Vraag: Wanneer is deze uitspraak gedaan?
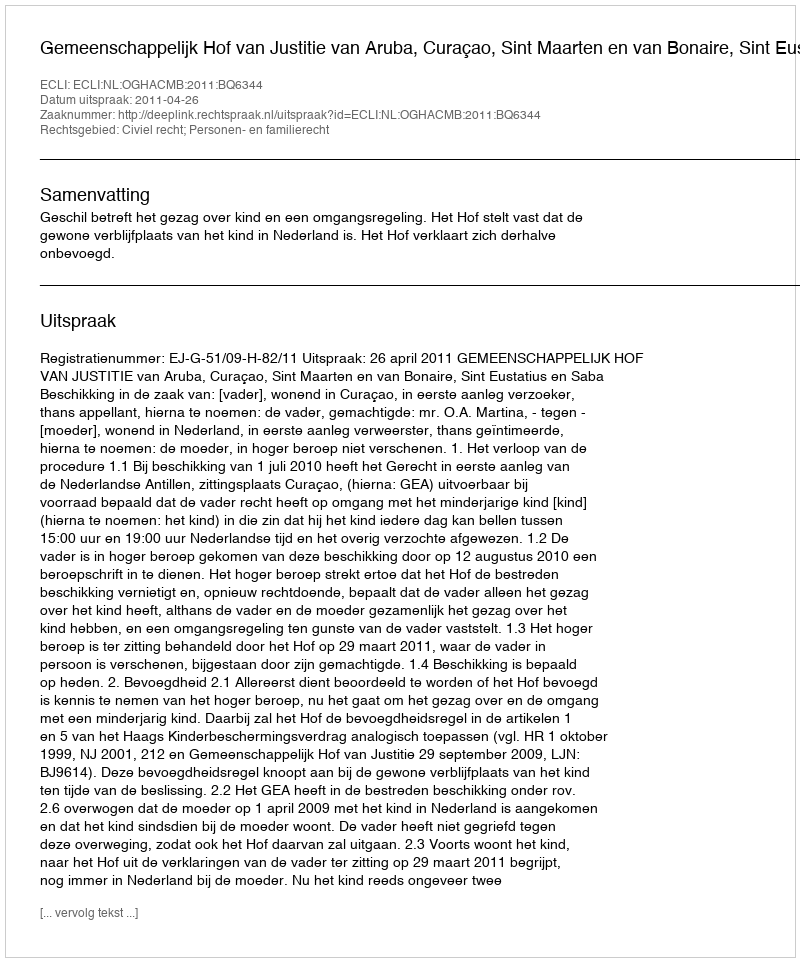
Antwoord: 2011-04-26